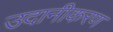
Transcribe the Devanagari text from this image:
उदानीकरण